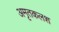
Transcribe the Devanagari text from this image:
अमृतकलश